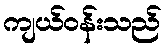
ကျယ်ဝန်းသည်